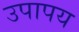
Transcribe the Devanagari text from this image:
उपापय